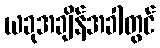
ယခုအချိန်အခါတွင်